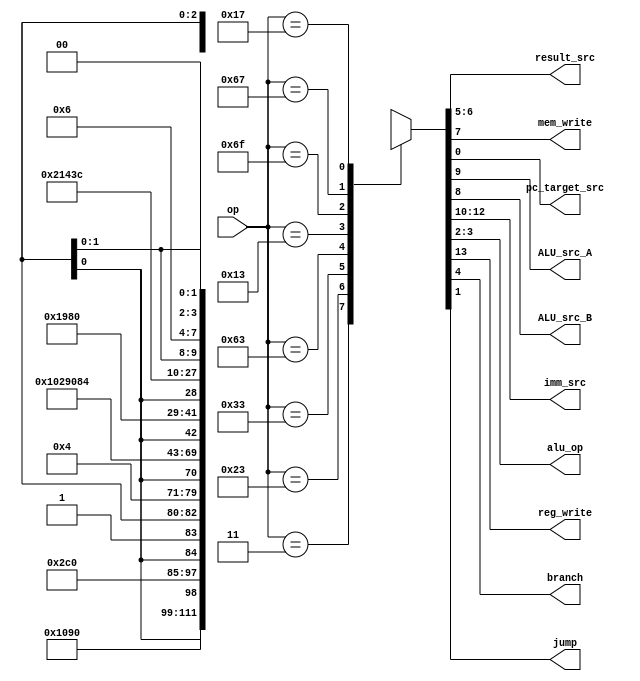
module maindec (
    input  wire [6 : 0]             op,
    output wire [1 : 0]     result_src,
    output wire              mem_write,
    output wire          pc_target_src,
    output wire              ALU_src_A,
    output wire              ALU_src_B,
    output wire [2 : 0]        imm_src,
    output wire [1 : 0]         alu_op,
    output wire              reg_write,
    output wire                 branch,
    output wire                   jump
);
    reg [13 : 0] controls;

    assign {
        reg_write,
        imm_src,
        ALU_src_A,
        ALU_src_B,
        mem_write,
        result_src,
        branch,
        alu_op,
        jump,
        pc_target_src
    } = controls;
    
    always @(*) begin
        case (op)
            7'b0000011 : controls = 14'b1_000_0_1_0_01_0_00_0_x;
            7'b0100011 : controls = 14'b0_001_0_1_1_00_0_00_0_x;
            7'b0110011 : controls = 14'b1_xxx_0_0_0_00_0_10_0_x;
            7'b1100011 : controls = 14'b0_010_0_0_0_00_1_01_0_0;
            7'b0010011 : controls = 14'b1_000_0_1_0_00_0_10_0_x;
            7'b1101111 : controls = 14'b1_100_1_1_0_00_0_00_0_x;
            7'b1100111 : controls = 14'b1_000_0_1_0_10_0_00_1_1;
            7'b0010111 : controls = 14'b1_100_x_x_0_11_0_xx_0_0;
            default    : controls = 14'bx_xxx_x_x_x_xx_x_xx_x_x;
        endcase
    end

endmodule